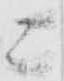
ニ